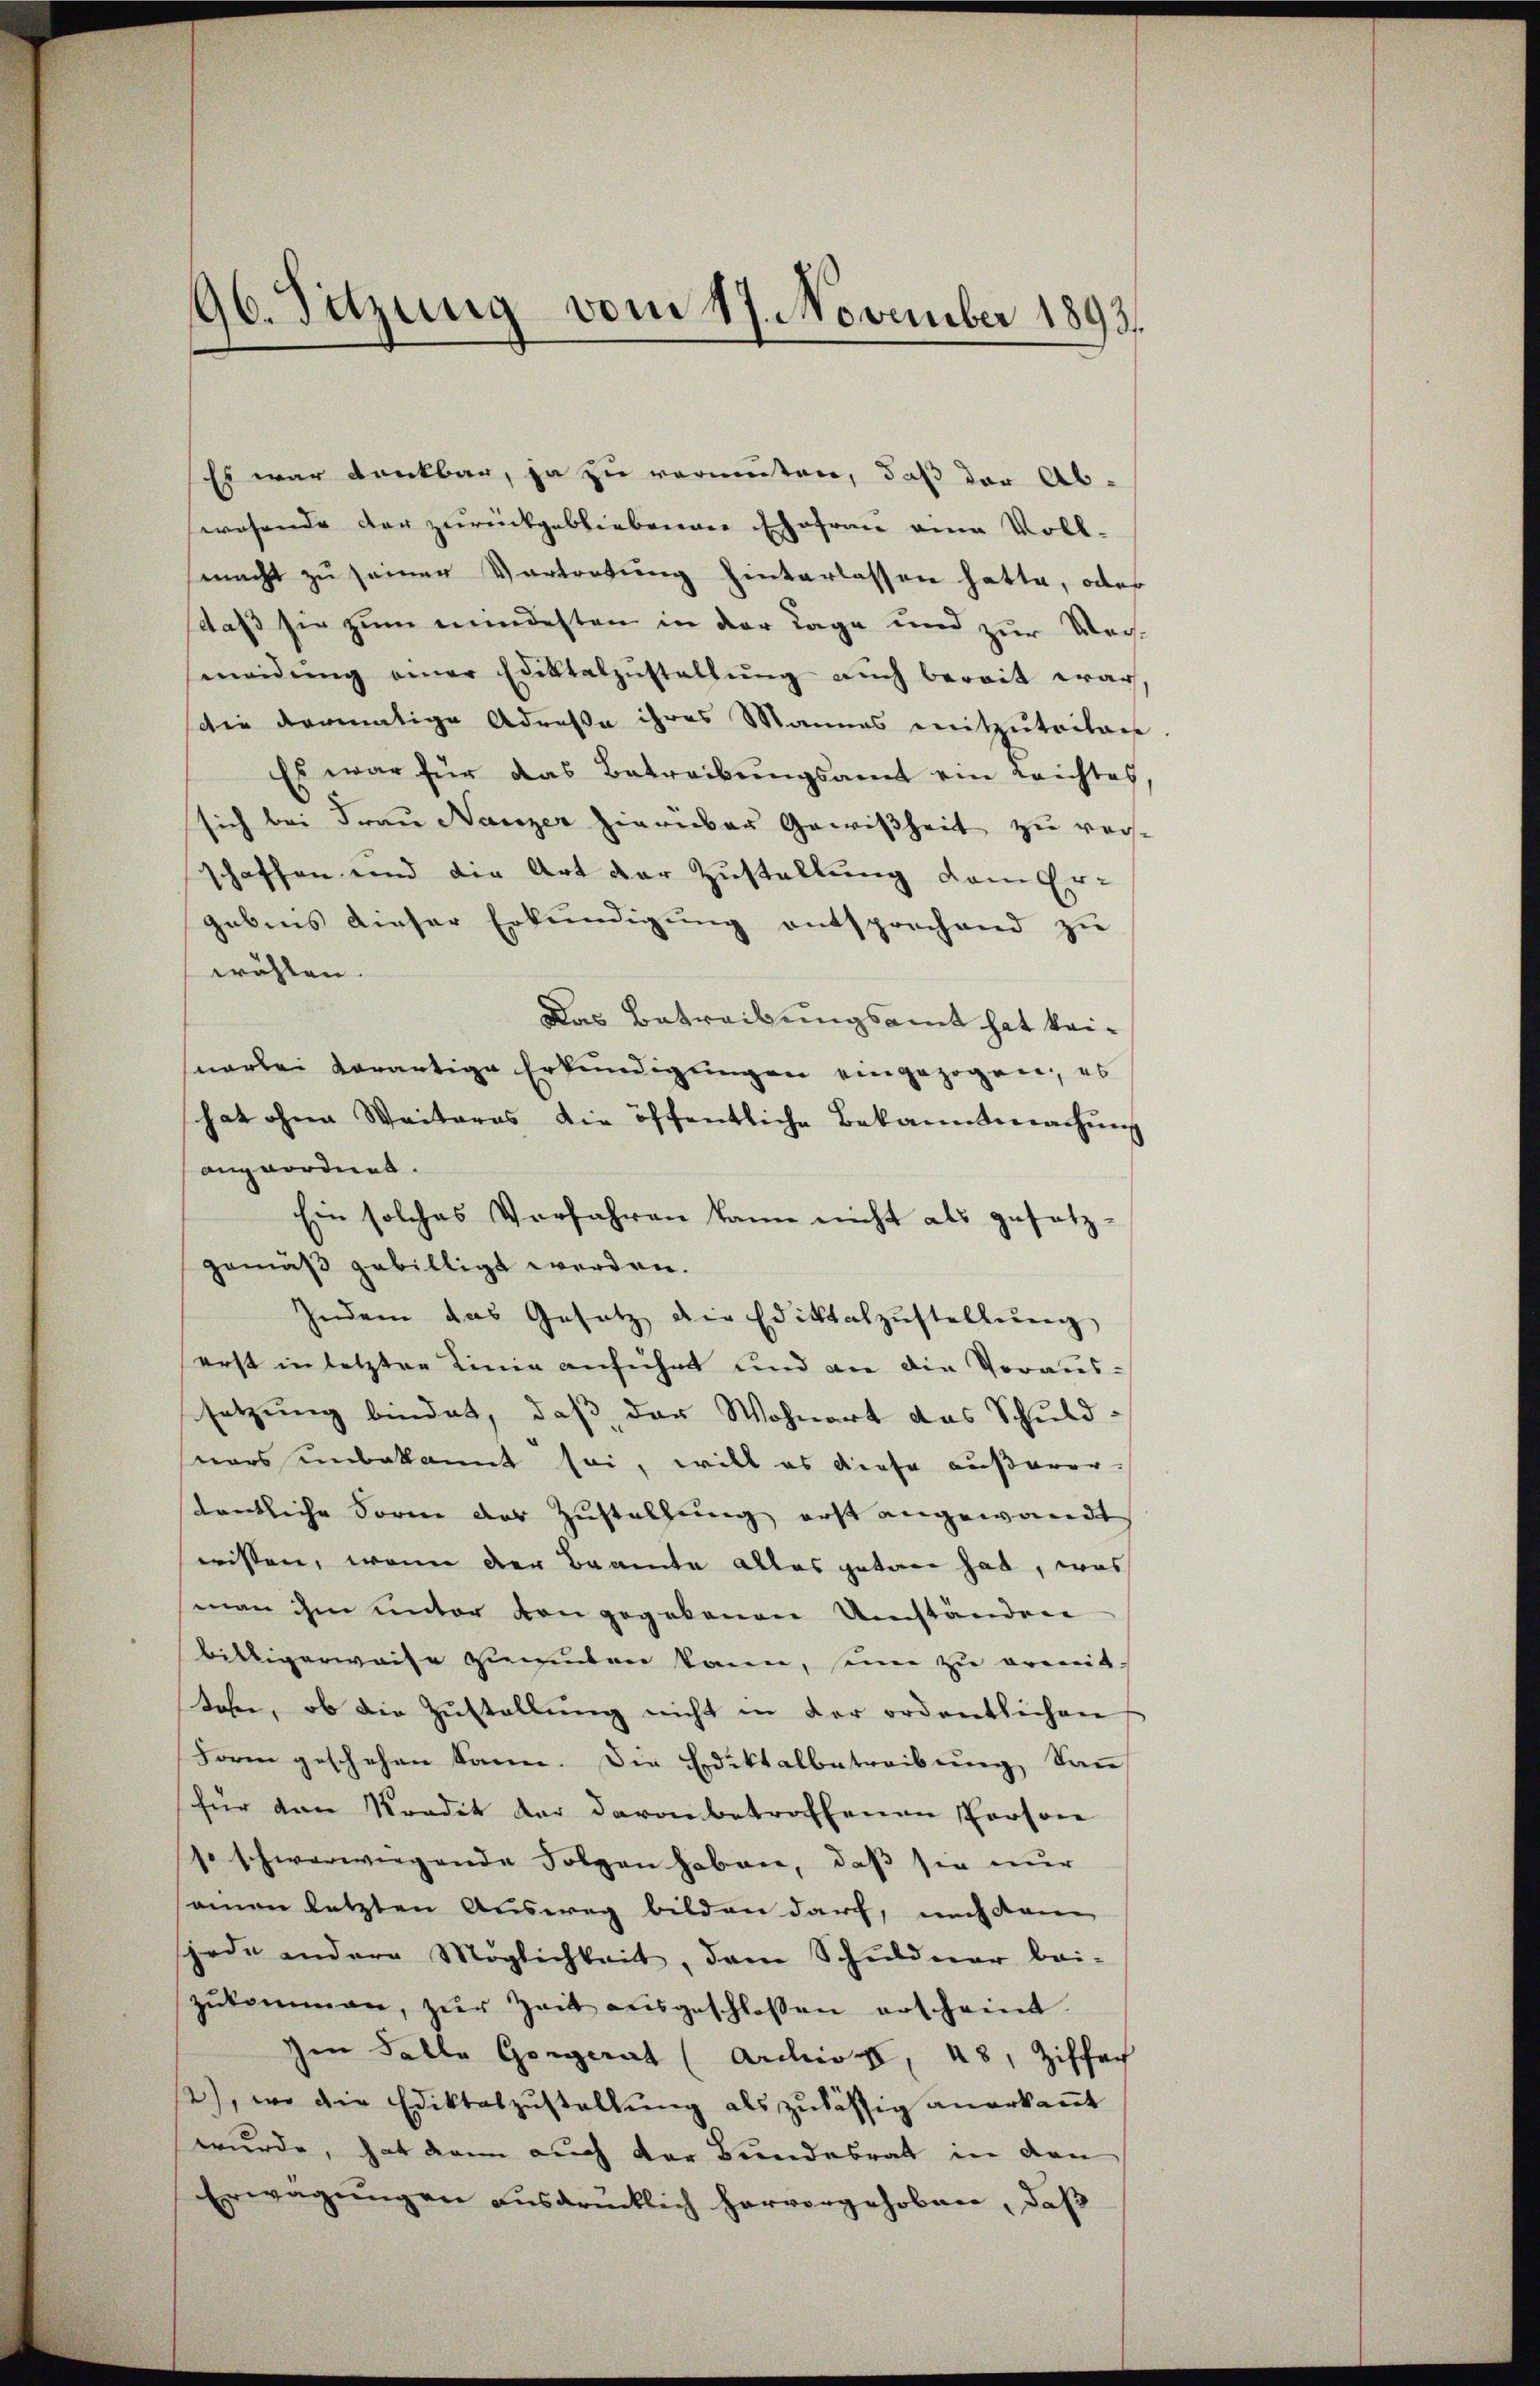
Es war dankbar, ja zu vermuten, daß der Ab-
wesende der zurückgebliebenen Ehefrau eine Voll-
macht zu seiner Vortretung hinterlassen hatte, oder
daß sie zum mindesten in der Tage und zur Wecheneidŭng einer Ediktalzustellung auch bereit war
die dermalige Adresse ihres Mannes mitzutritaet
Es war für das Betreibungsamt ein Leichtes
sich bei Frau Nanzer hierüber Gewißheit zu versschaffen und die Art der Zustellung dem Er-
gebens dieser Erkundigŭng entsprechend zu
wählen.
Das Betreibungsamt hat keinarlei derartige Erkundigungen eingezogen, es
hat ohne Weiteres die öffentliche Bekanntmachung
angeordnet.
Ein solches Verfahren kann nicht als gesetz-
gemäß gebilligt werden.
Indem das Gesetz die Ediktalzŭstellŭng
erst in letzter Linie anführt und an die Voraussetzung bindet, daβ der Wohnort das Schuld-
nars unbekannt sei, will es diese außeror-
dentliche Form der Zustellung erst angewandt
wissen, wenn der Beamte alles getan hab, was
man ihm unter von gegebenen Umständen
billigerweise gemuten kann, seine zu ermittabe, ob die Zŭstellŭng nicht in der ordentlichen
Form geschehen kann. Die Erdiktalbetreibung kann
für den Kredit der davon betroffenen Person
so schwerwiegende Folgen haben, daß sie nur
einen letzten Ausweg bilden darf, nach dem
jede andere Möglichkeit, dem Schuldner bei-
zŭkommen, zŭr Zeit aŭsgeschlossen erscheint.
Im Falle Gorgerat (Archiv X, 48, Ziffer
2), wo die Ediktaszŭstellŭng als zulässig anerkaṅt
wurde, hat dann auch der Bundesrat in den
Erwägŭngen ausdrücklich hervorgehoben, daß

96. Sitzung vom 17. November 1893.